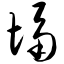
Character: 塥